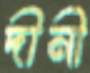
দীনী